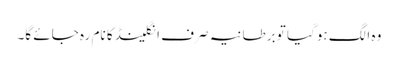
وہ الگ ہوگیا تو برطانیہ صرف انگلینڈ کا نام رہ جائے گا۔